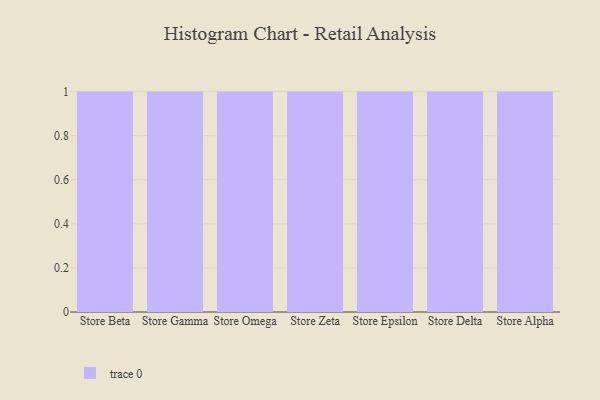
{"axis": {"x": "Store", "y": "Churn Rate (%)"}, "legend": [""], "data": [{"x": "Store Beta", "y": 91, "type": ""}, {"x": "Store Gamma", "y": 43, "type": ""}, {"x": "Store Omega", "y": 42, "type": ""}, {"x": "Store Zeta", "y": 49, "type": ""}, {"x": "Store Epsilon", "y": 51, "type": ""}, {"x": "Store Delta", "y": 37, "type": ""}, {"x": "Store Alpha", "y": 85, "type": ""}]}